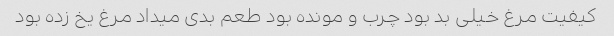
کیفیت مرغ خیلی بد بود چرب و مونده بود طعم بدی میداد مرغ یخ زده بود